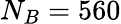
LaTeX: N_{B}=560